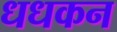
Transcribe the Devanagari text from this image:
धधकन